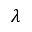
\lambda